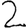
Digit: 2